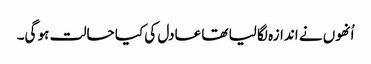
اُنھوں نے اندازہ لگا لیا تھا عادل کی کیا حالت ہو گی۔